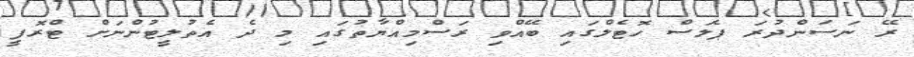
ރޭ ނަސަންދުރަ ޕެލަސް ހޮޓެލްގައި ބޭއްވި ރަސްމިއްޔާތުގައި މި ދެ އެތުލީޓުންނަށް ޓްރޮފީ